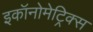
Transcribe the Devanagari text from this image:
इकॉनोमेट्रिक्स